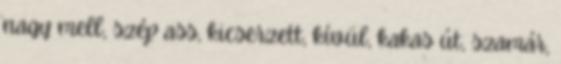
nagy mell, szép ass, kicserzett, kívül, kakas út, szamár,